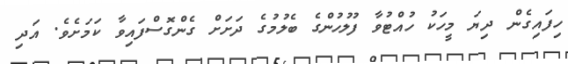
ހިފައިގެން ދިޔަ މީހަކު ހުއްޓުވާ ފުލުހުންގެ ބެލުމުގެ ދަށަށް ގެންގޮސްފައިވާ ކަމަށެވެ. އަދި